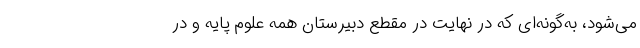
می‌شود، به‌گونه‌ای که در نهایت در مقطع دبیرستان همه علوم پایه و در